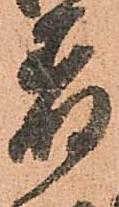
着